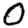
Digit: 0